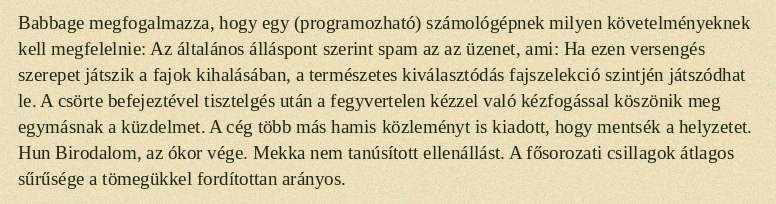
Babbage megfogalmazza, hogy egy (programozható) számológépnek milyen követelményeknek kell megfelelnie: Az általános álláspont szerint spam az az üzenet, ami: Ha ezen versengés szerepet játszik a fajok kihalásában, a természetes kiválasztódás fajszelekció szintjén játszódhat le. A csörte befejeztével tisztelgés után a fegyvertelen kézzel való kézfogással köszönik meg egymásnak a küzdelmet. A cég több más hamis közleményt is kiadott, hogy mentsék a helyzetet. Hun Birodalom, az ókor vége. Mekka nem tanúsított ellenállást. A fősorozati csillagok átlagos sűrűsége a tömegükkel fordítottan arányos.